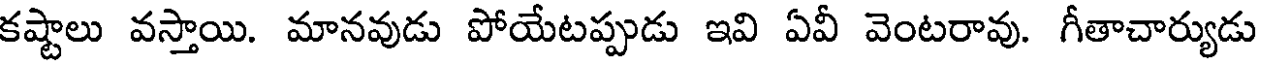
కష్టాలు వస్తాయి. మానవుడు పోయేటప్పుడు ఇవి ఏవీ వెంటరావు. గీతాచార్యుడు